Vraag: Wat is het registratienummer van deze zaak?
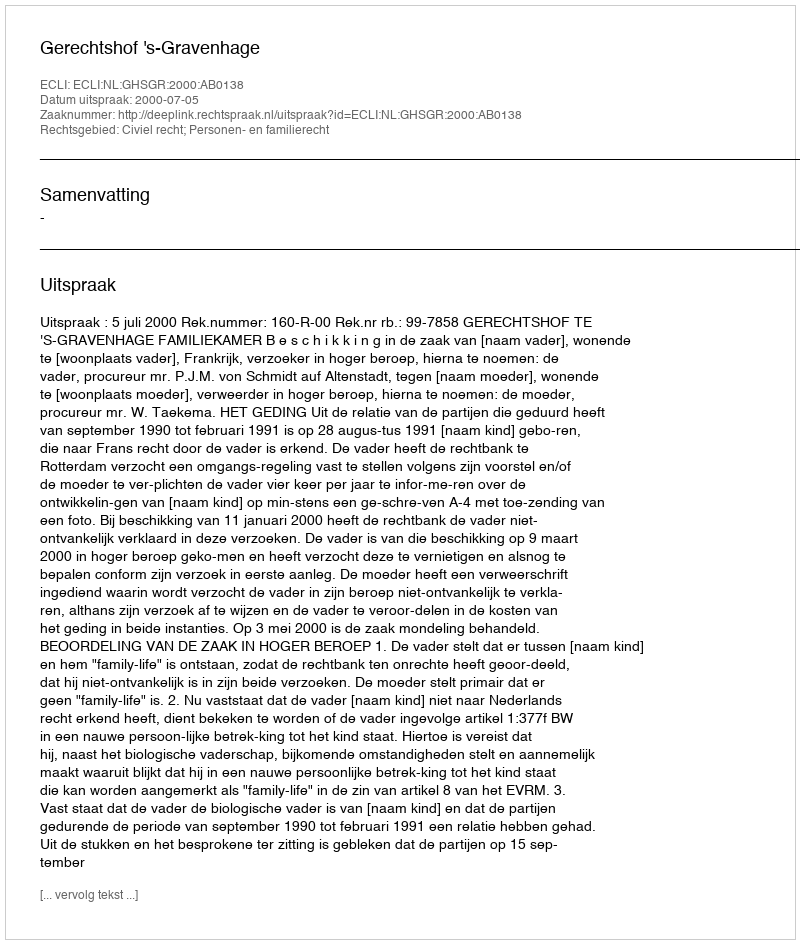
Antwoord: http://deeplink.rechtspraak.nl/uitspraak?id=ECLI:NL:GHSGR:2000:AB0138